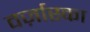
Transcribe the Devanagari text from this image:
वर्ज़ास्का